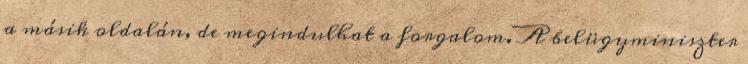
a másik oldalán, de megindulhat a forgalom. A belügyminiszter